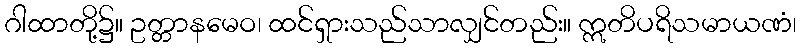
ဂါထာတို့၌။ ဥတ္တာနမေဝ၊ ထင်ရှားသည်သာလျှင်တည်း။ ဣတိပရိသမာယဏံ၊